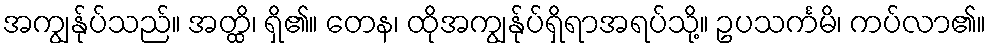
အကျွန်ုပ်သည်။ အတ္ထိ၊ ရှိ၏။ တေန၊ ထိုအကျွန်ုပ်ရှိရာအရပ်သို့။ ဥပသင်္ကမိ၊ ကပ်လာ၏။